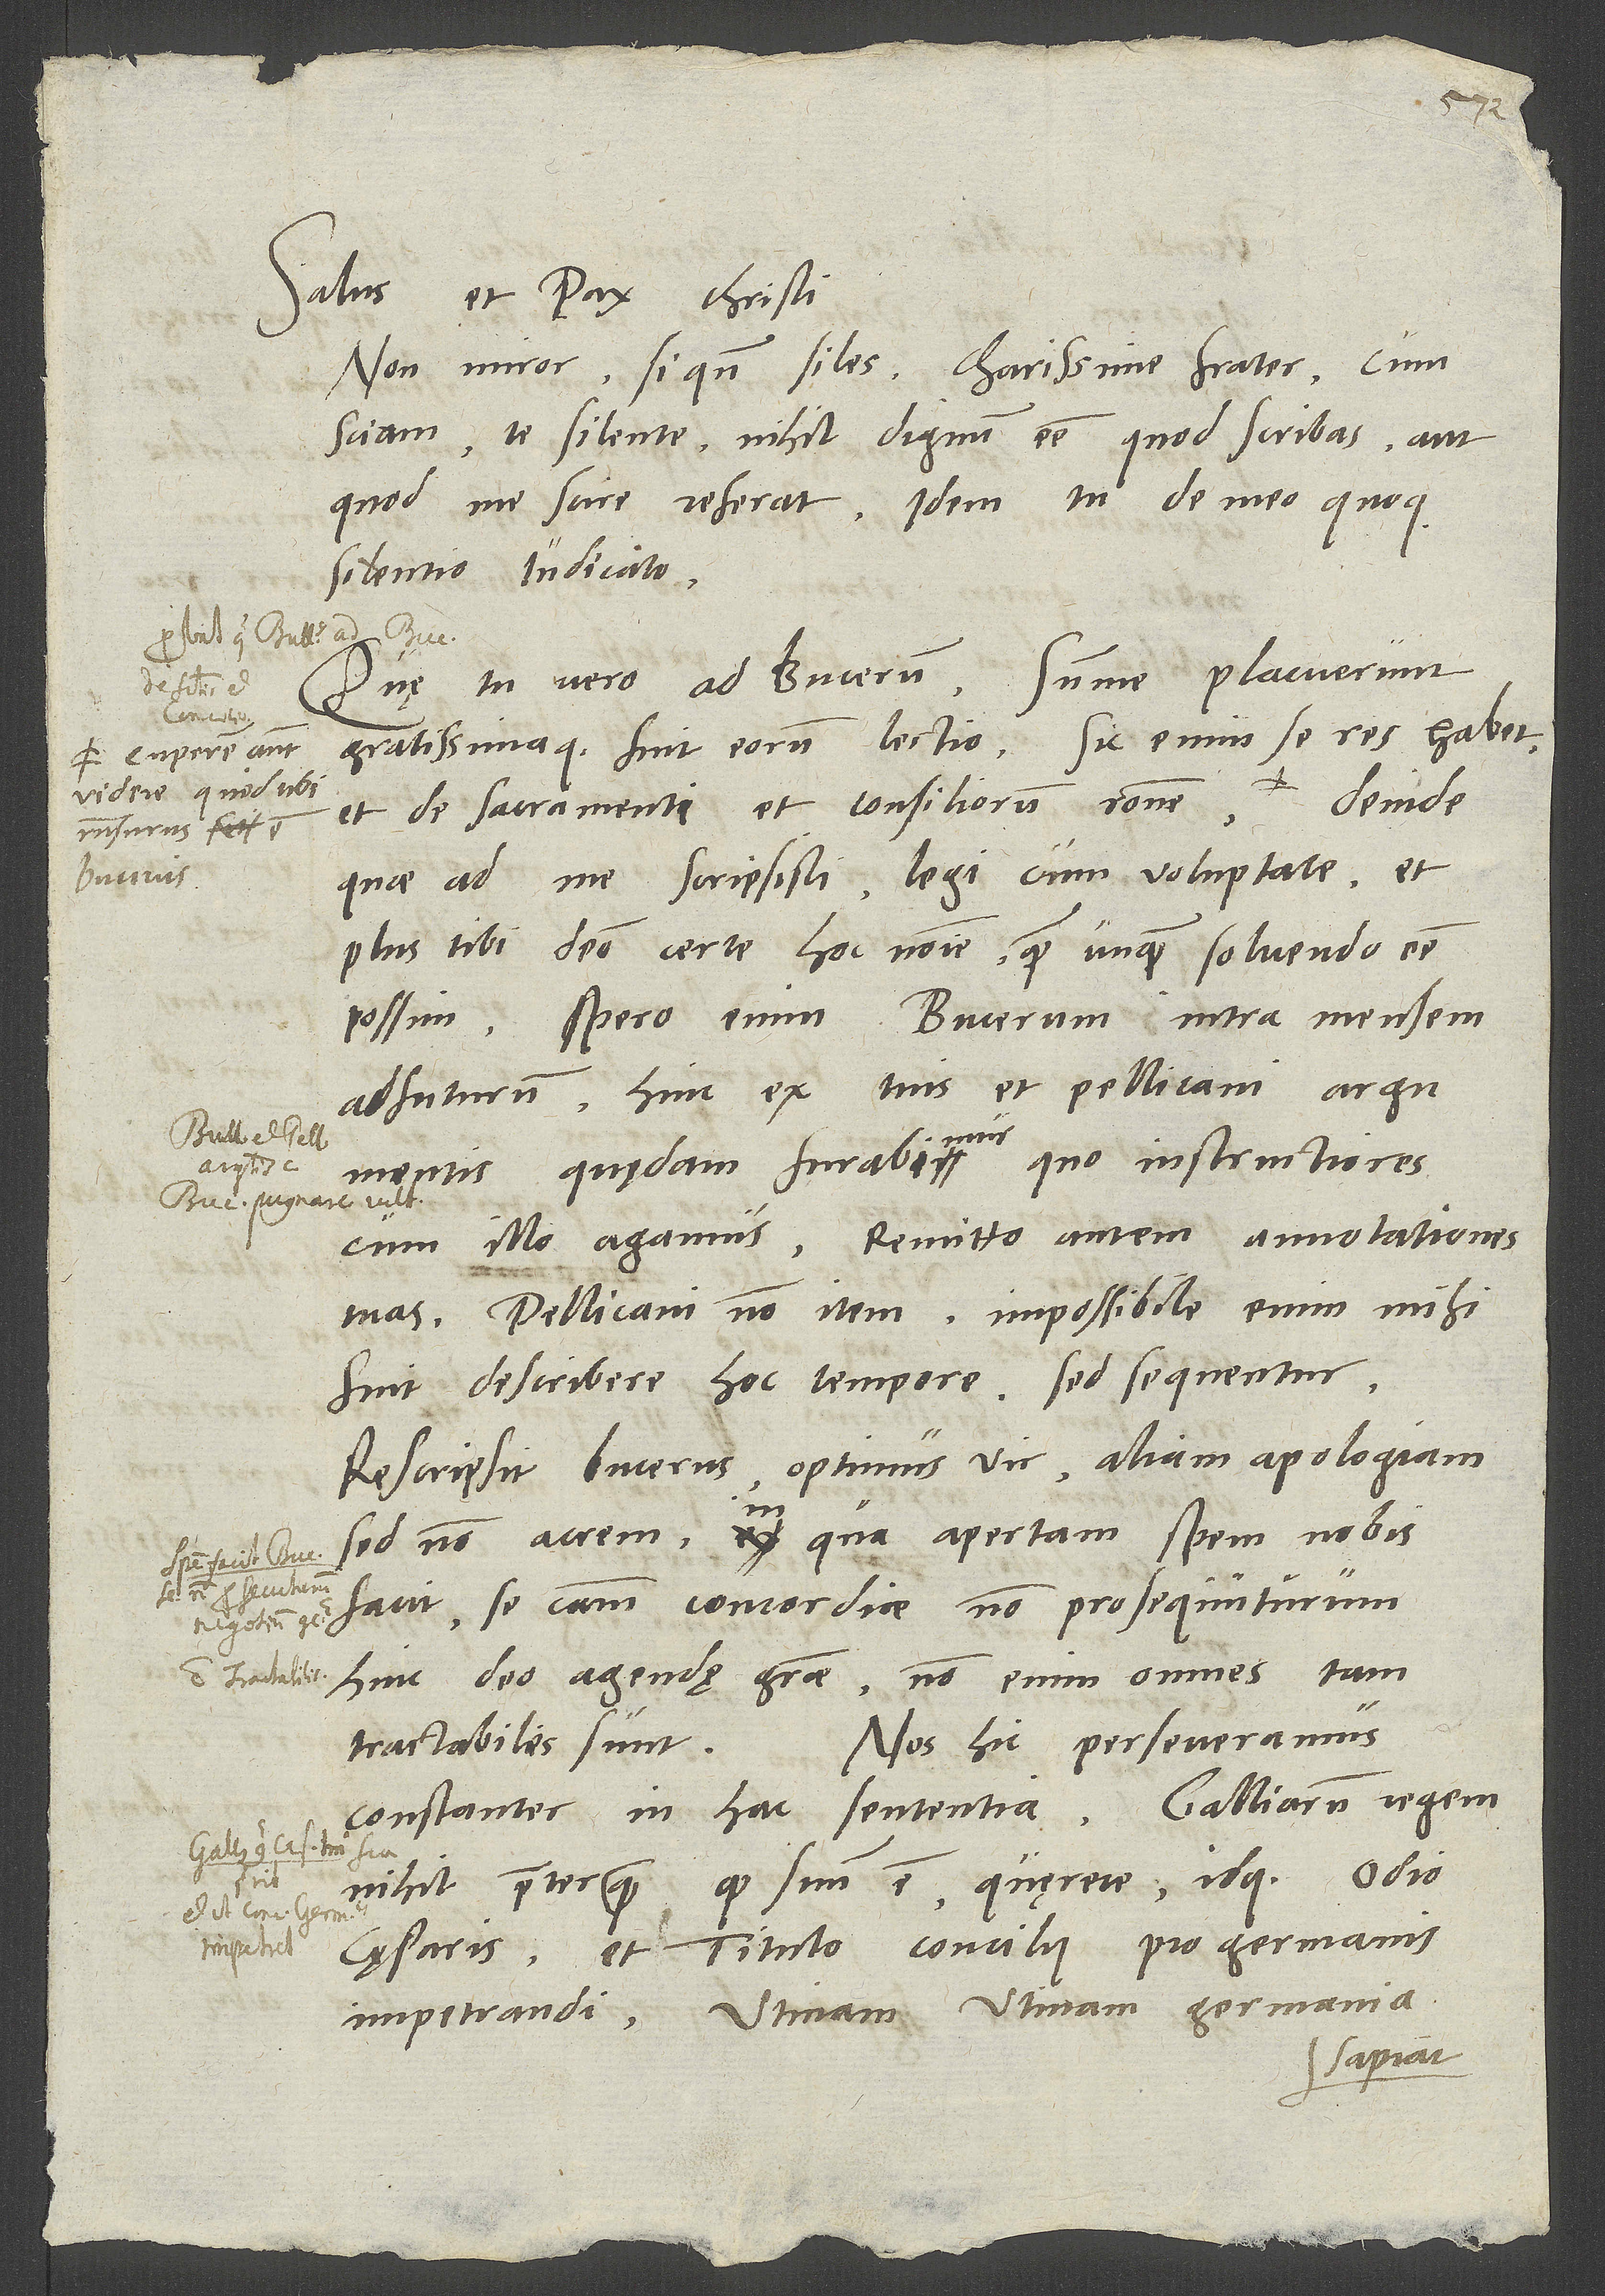
Salus et pax Christi.
Non miror, si quando siles, charissime frater, cum
sciam te silente nihil dignum esse, quod scribas aut
quod me scire referat. Idem tu de meo quoque
silentio iudicato.
Quę tu vero ad Bucerum, summe placuerunt
gratissimaque fuit eorum lectio. Sic enim se res habet
Cuperem autem
videre, quid tibi
et de sacramenti et consiliorum ratione.
responsurus est
Bucerus.
quae ad me scripsisti, legi cum voluptate, et
plus tibi debeo certe hoc nomine, quam unquam solvendo esse
possim. Spero enim Bucerum intra mensem
Hinc ex tuis et Pellicani argumentis
adfuturum.
quędam furabimur, quo instructiores
cum illo agamus. Remitto autem annotationes
tuas, Pellicani non item; impossibile enim mihi
fuit describere hoc tempore, sed sequentur.
Rescripsit Bucerus, optimus vir, aliam apologiam,
sed non acrem, in qua apertam spem nobis
facit se causam concordiae non prosequuturum.
Hinc deo agendę gratiae; non enim omnes tam
Nos hic perseveramus
tractabiles sunt.
constanter in hac sententia Galliarum regem
nihil, praeterquam quod suum est, quęrere, idque odio
cęsaris et titulo concilii pro Germanis
Utinam, utinam Germania
impetrandi.
sapiat!